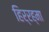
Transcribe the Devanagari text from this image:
हिर्रह्मा